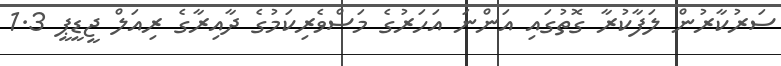
ސަރުކާރުން ލަފާކުރާ ގޮތުގައި އަންނަ އަހަރުގެ މަސްވެރިކަމުގެ ދާއިރާގެ ރިއަލް ޖީޑީޕީ 1.3